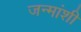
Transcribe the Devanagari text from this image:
जन्मांशी